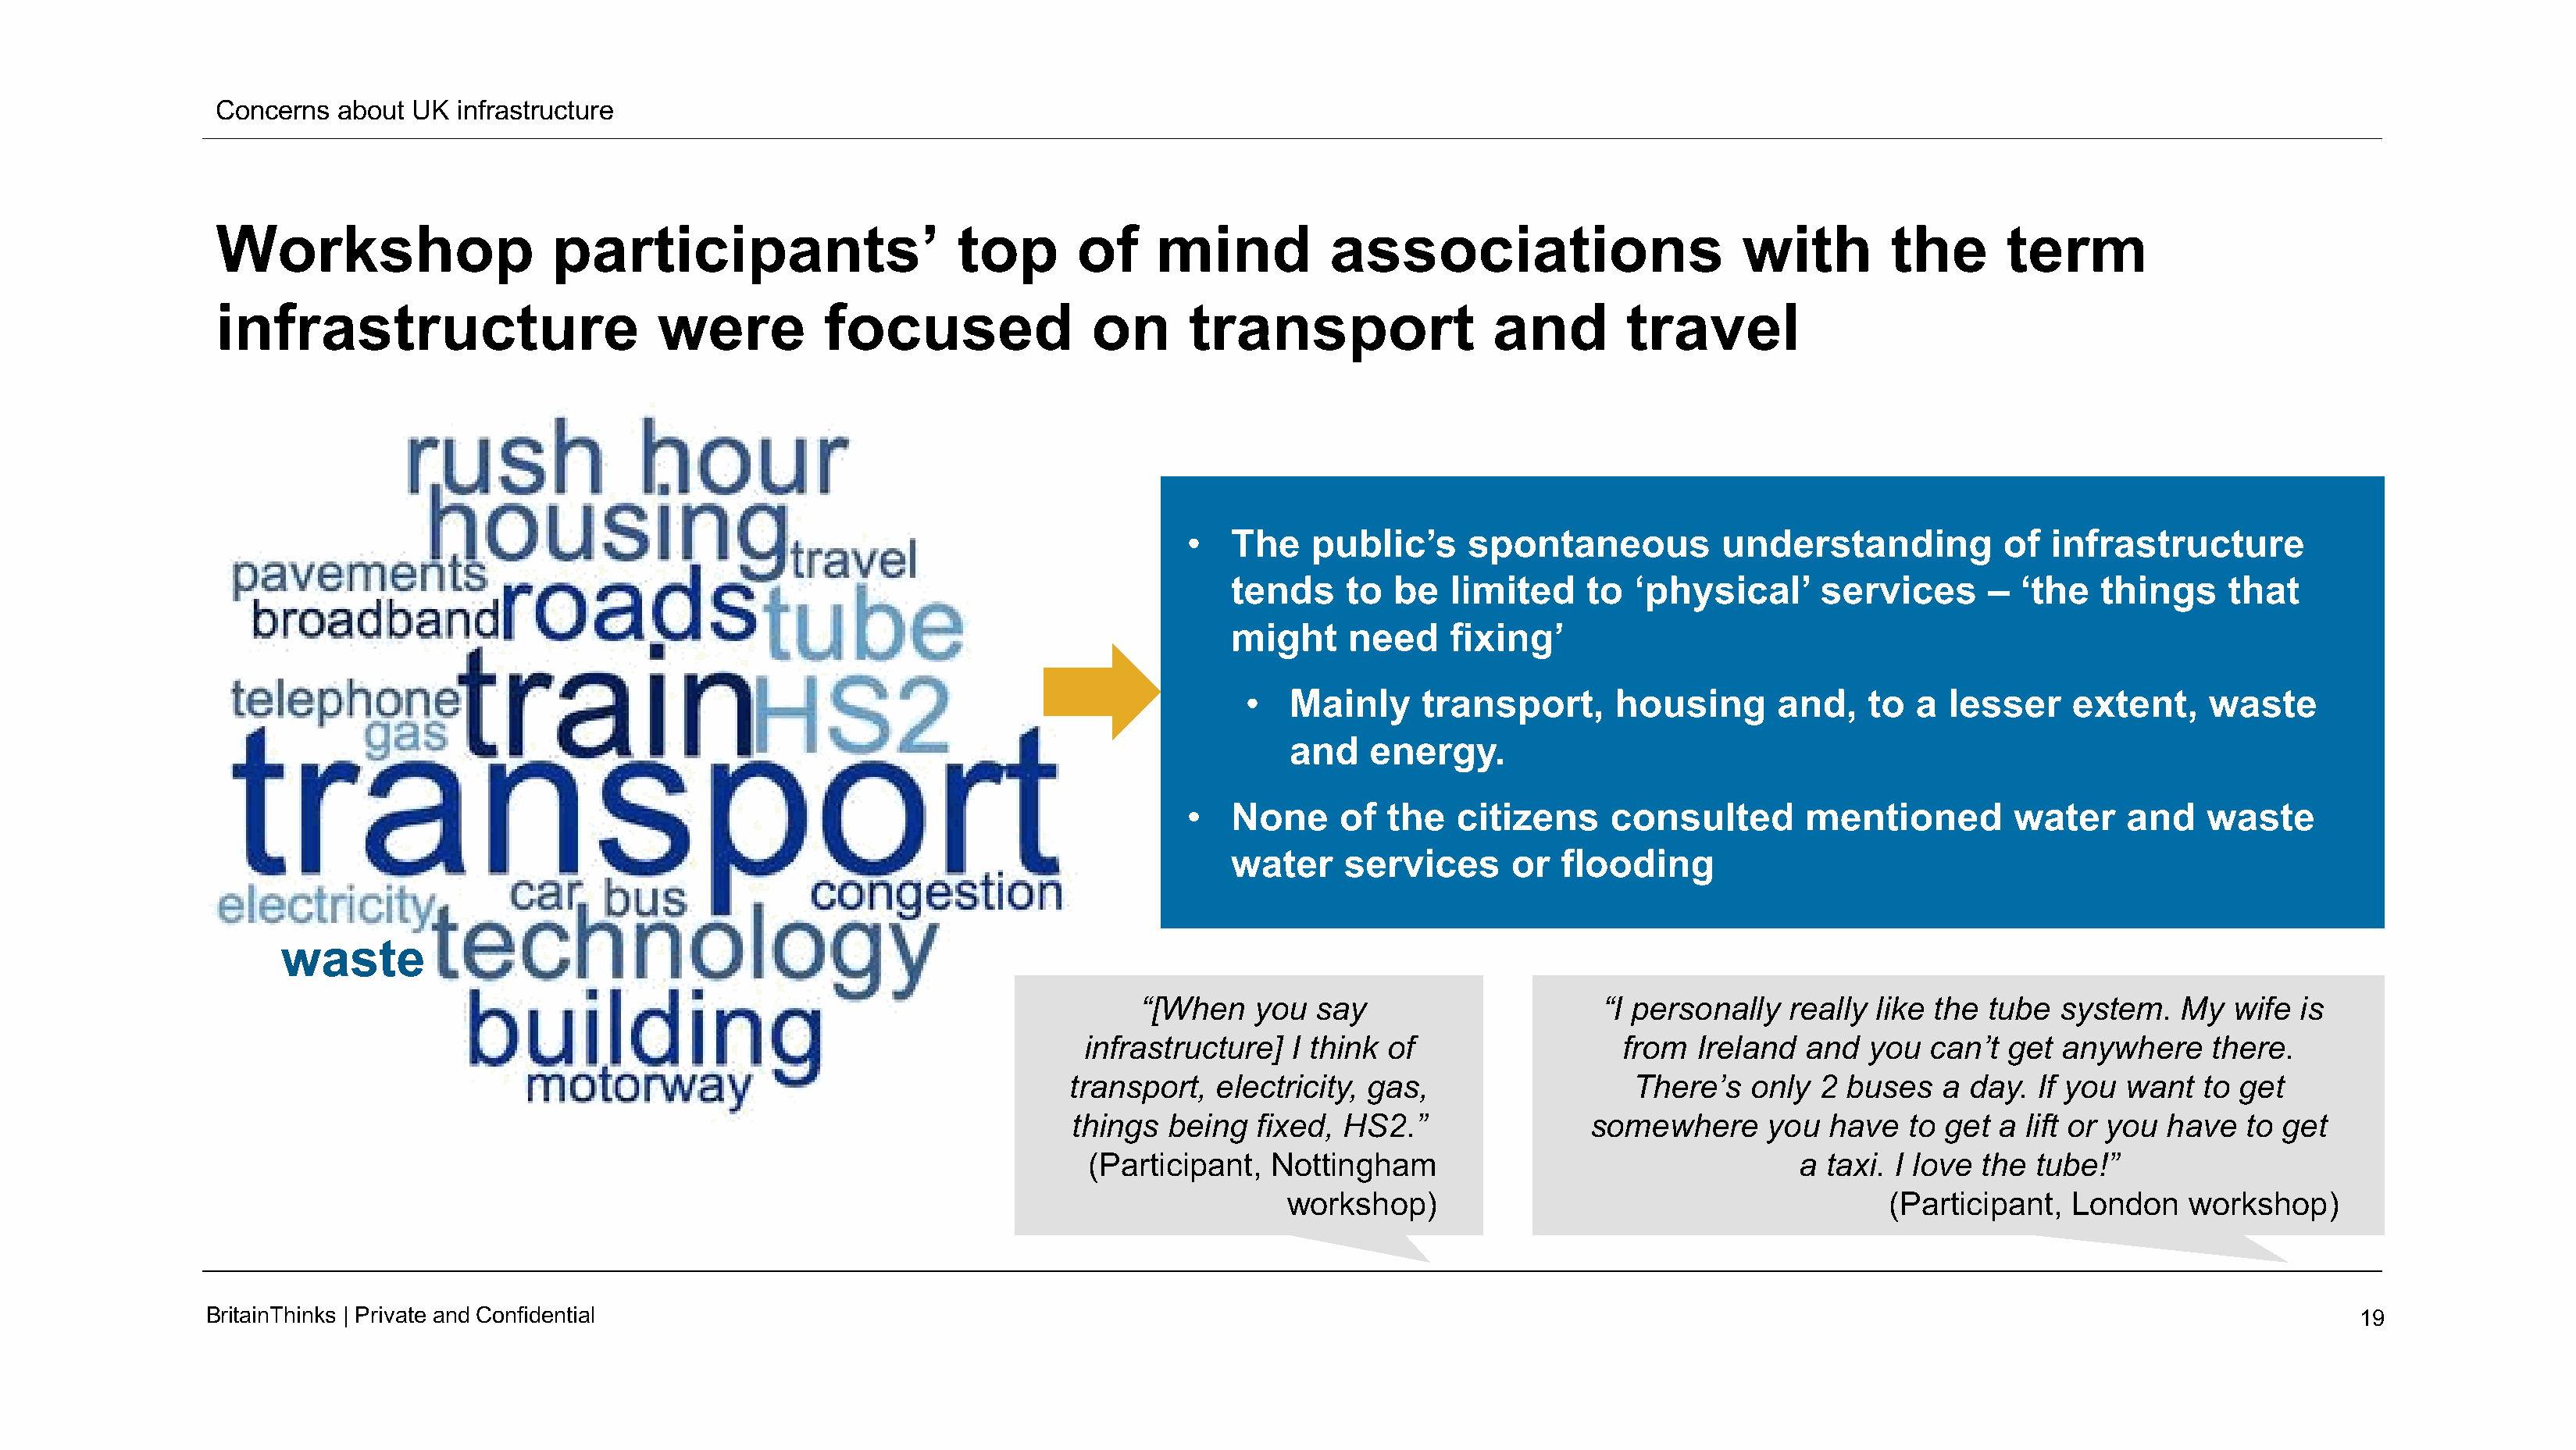
Concerns   about UK  infrastructure
 Workshop                     participants’                     top       of     mind           associations                       with        the       term
 infrastructure                        were          focused                on      transport                 and        travel
 •  The    public’s     spontaneous           understanding           of  infrastructure
 tends     to  be   limited    to  ‘physical’      services      –  ‘the   things     that
 might     need     fixing’
 •  Mainly      transport,      housing       and,   to  a  lesser     extent,    waste
 and    energy.
 •  None      of  the  citizens     consulted        mentioned         water    and    waste
 water     services      or  flooding
 waste
 “[When   you   say                     “I personally   really like the tube   system.   My  wife  is
 infrastructure]  I think  of                  from  Ireland  and  you   can’t get  anywhere    there.
 transport,  electricity, gas,                  There’s   only  2 buses    a day.  If you want   to get
 things  being  fixed,  HS2.”                somewhere      you  have   to get a  lift or you have  to get
 (Participant,   Nottingham                                  a  taxi. I love the  tube!”
 workshop)                                          (Participant,   London    workshop)
 BritainThinks | Private andConfidential                                                                                                                                                19